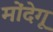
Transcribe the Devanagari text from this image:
मोंदेगू